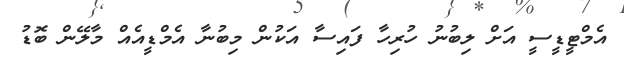
އެމްޓީޑީސީ އަށް ލިބުނު ހުރިހާ ފައިސާ އަކުން މިބުނާ އެމްޑީއެއް މާލޭން ބޮޑު